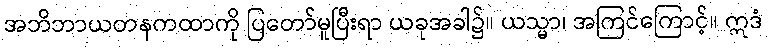
အဘိဘာယတနကထာကို ပြတော်မူပြီးရာ ယခုအခါ၌။ ယသ္မာ၊ အကြင်ကြောင့်။ ဣဒံ